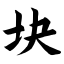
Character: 块